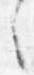
之